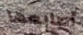
أصابعها